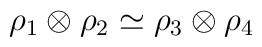
\rho_1 \otimes \rho_2 \simeq \rho_3 \otimes \rho_4